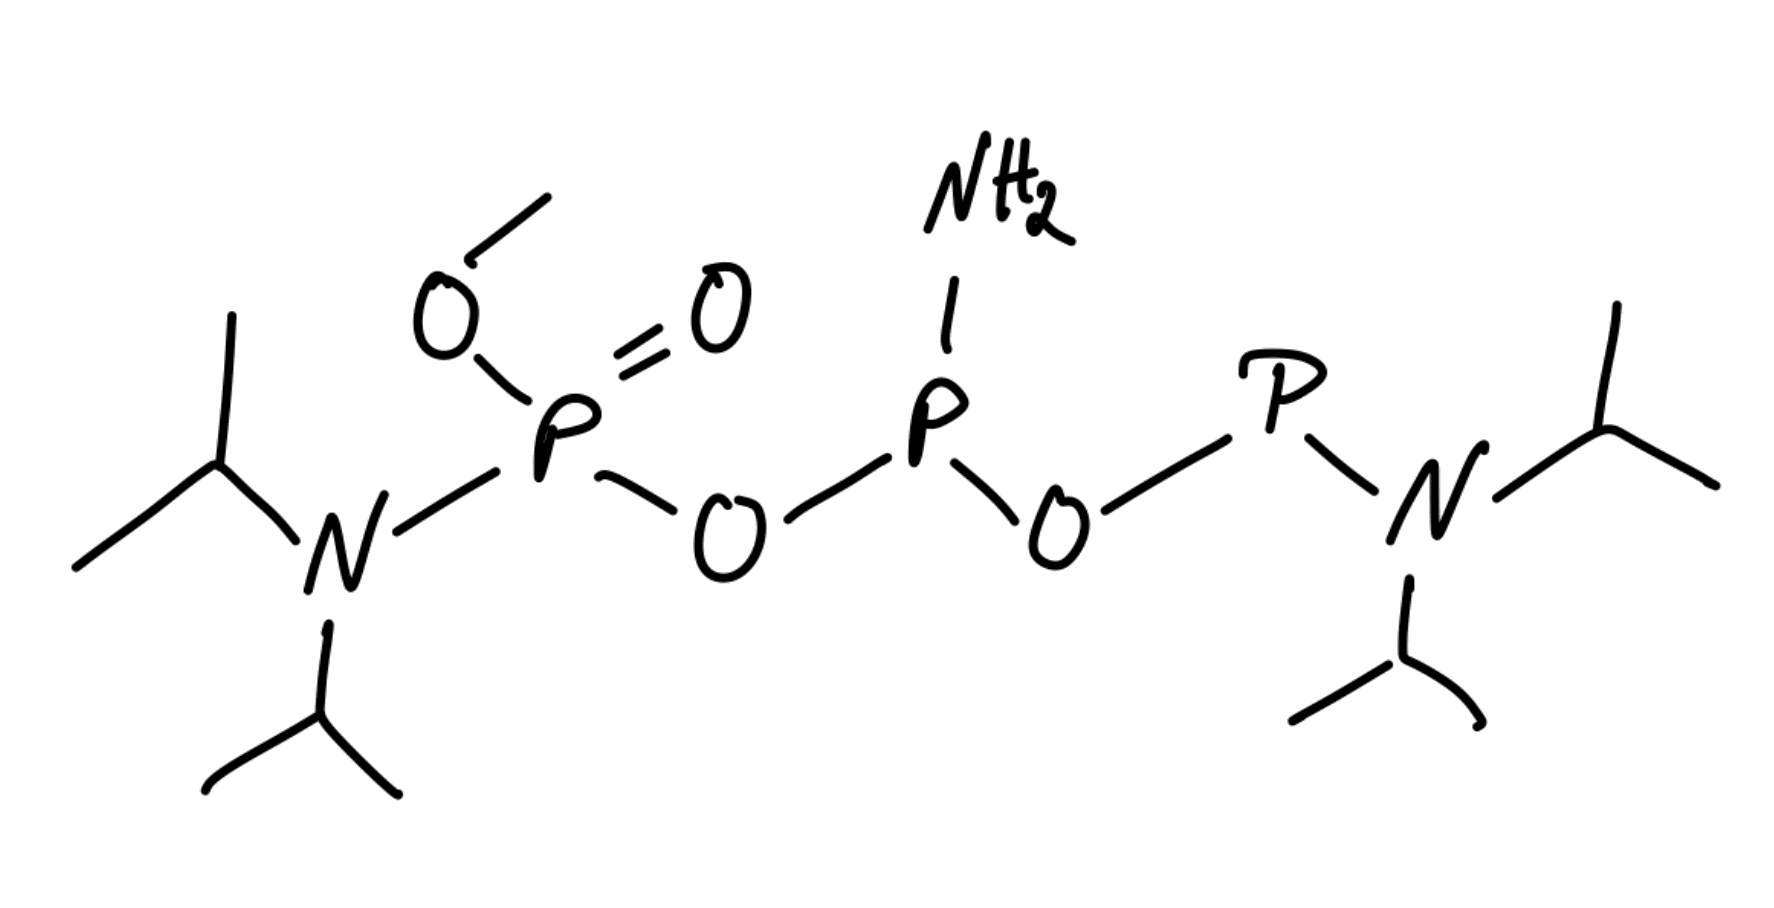
Simplified molecular-input line-entry system (SMILES) notation of the given molecule:
CC(C)N(C(C)C)P(=O)(OC)OP(N)OP(=O)(N(C(C)C)C(C)C)OC